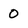
Character: o